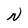
Character: N